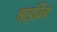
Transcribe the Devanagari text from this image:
श्राइविंग